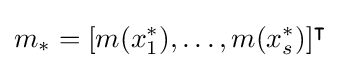
m_{*}=[m(x_{1}^{*}),\ldots ,m(x_{s}^{*})]^{\intercal }